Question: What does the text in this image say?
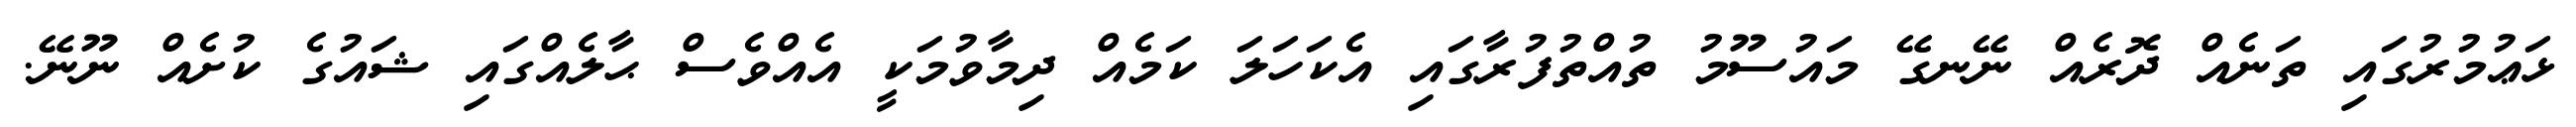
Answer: ޅަޢުމުރުގައި ތަނެއް ދޮރެއް ނޭނގޭ މައުސޫމު ތުއްތުފުރާގައި އެކަހަލަ ކަމެއް ދިމާވުމަކީ އެއްވެސް ޙާލެއްގައި ޝައުގެ ކުށެއް ނޫނޭ.